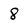
Character: 8